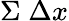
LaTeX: \Sigma\; \Delta x